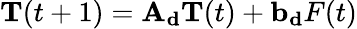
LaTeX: \mathbf{T}(t+1)=\mathbf{A_{d}T}(t)+\mathbf{b_{d}}F(t)